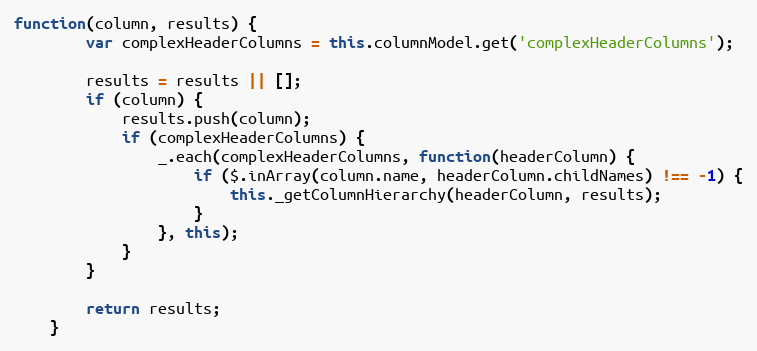
Language: JavaScript
function(column, results) {
        var complexHeaderColumns = this.columnModel.get('complexHeaderColumns');

        results = results || [];
        if (column) {
            results.push(column);
            if (complexHeaderColumns) {
                _.each(complexHeaderColumns, function(headerColumn) {
                    if ($.inArray(column.name, headerColumn.childNames) !== -1) {
                        this._getColumnHierarchy(headerColumn, results);
                    }
                }, this);
            }
        }

        return results;
    }